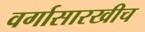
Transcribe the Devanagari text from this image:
वर्गासारखीच